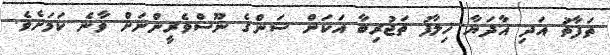
ތަފާތު އަދި އާދަޔާ ޚިލާފު ތަޖުރިބާ އަކަށް ސަންގެ ނޫސްވެރީންނަށް ވާނެ ކަމަށެވެ.